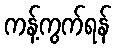
ကန့်ကွက်ရန်